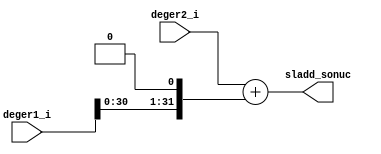
// sladd_unit.v

`timescale 1ns / 1ps

module sladd_unit(
   input [31:0] deger1_i,
   input [31:0] deger2_i,
   output [31:0] sladd_sonuc
);
   assign sladd_sonuc = deger2_i + (deger1_i << 1);
endmodule